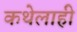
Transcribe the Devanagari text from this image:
कथेलाही